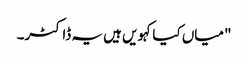
"میاں کیا کہویں ہیں یہ ڈاکٹر۔